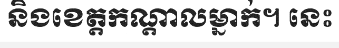
និងខេត្តកណ្តាលម្នាក់។ នេះ